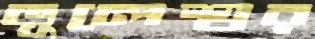
ভূলেশ্বর